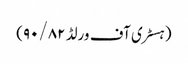
(ہسٹری آف ورلڈ ۹۰/۸۲)